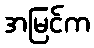
အမြင်က